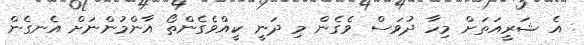
އެ ޝަރީއަތަށް މިހާ ދުވަސް ވެގެން މި ދަނީ ކީއްވެގެންތޯ އާންމުންނަށް އެނގެން